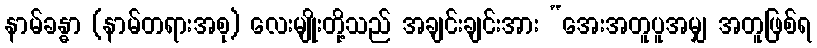
နာမ်ခန္ဓာ (နာမ်တရားအစု) လေးမျိုးတို့သည် အချင်းချင်းအား “အေးအတူပူအမျှ အတူဖြစ်ရ